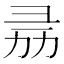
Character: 𢑕